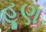
હૂણ